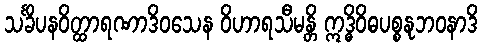
သင်္ခိပနဝိတ္ထာရဏာဒိဝသေန ဝိဟာရသီမန္တိ ဣဒ္ဓိဝိဓပစ္စနုဘဝနာဒိ